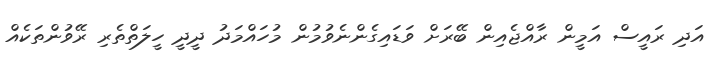
އަދި ރައީސް އަމީން ރާއްޖެއިން ބޭރަށް ވަޑައިގެންނެވުމުން މުހައްމަދު ދީދީ ހީލަތްތެރި ރޭވުންތަކެއް